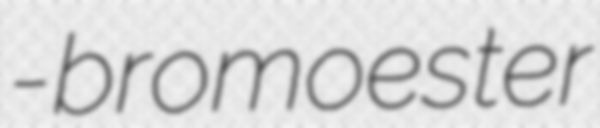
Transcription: α-bromoester